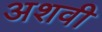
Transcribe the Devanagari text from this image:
अशवी